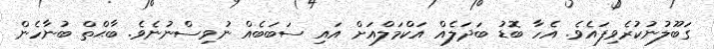
ގަބޫލުނުކުރެވިފައެވެ. އެހާ ބޮޑު ބަދަލެއް އަކްމަލްއަށް އައި ސަބަބެއް ނުވިސްނުނެވެ. ބާޙްތް ބުނާހެން